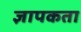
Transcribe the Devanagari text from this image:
ज्ञापकता